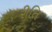
રીતિ